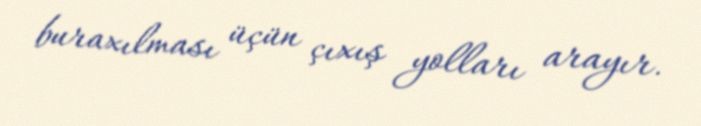
buraxılması üçün çıxış yolları arayır.